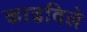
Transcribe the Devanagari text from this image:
काढविले